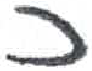
אות: כ